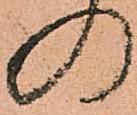
の